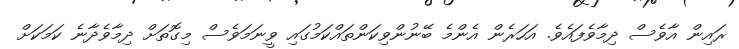
ރައިން އާވެސް ދިމާވެފައެވެ. އަހަރެން އެންމެ ބޭނުންވިކަންތައްކަމުގައި ވީނަމަވެސް މިގޮތަށް ދިމާވެދާނެ ކަމަކަށް